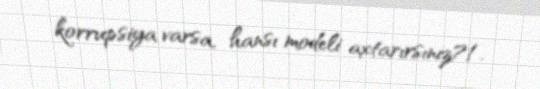
korrupsiya varsa, hansı modeli axtarırsınız?!.